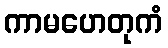
ကာမဟေတုကံ